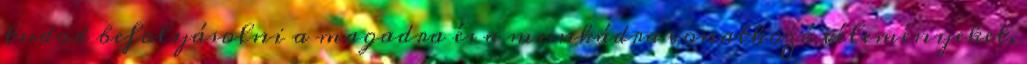
tudod befolyásolni a magadra és a munkádra vonatkozó véleményeket,